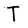
Character: T